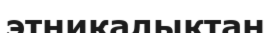
этникалықтан